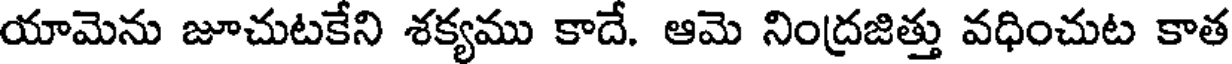
యామెను జూచుటకేని శక్యము కాదే. ఆమె నింద్రజిత్తు వధించుట కాత